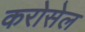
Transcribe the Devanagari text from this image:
करोसेल